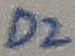
Text: D2